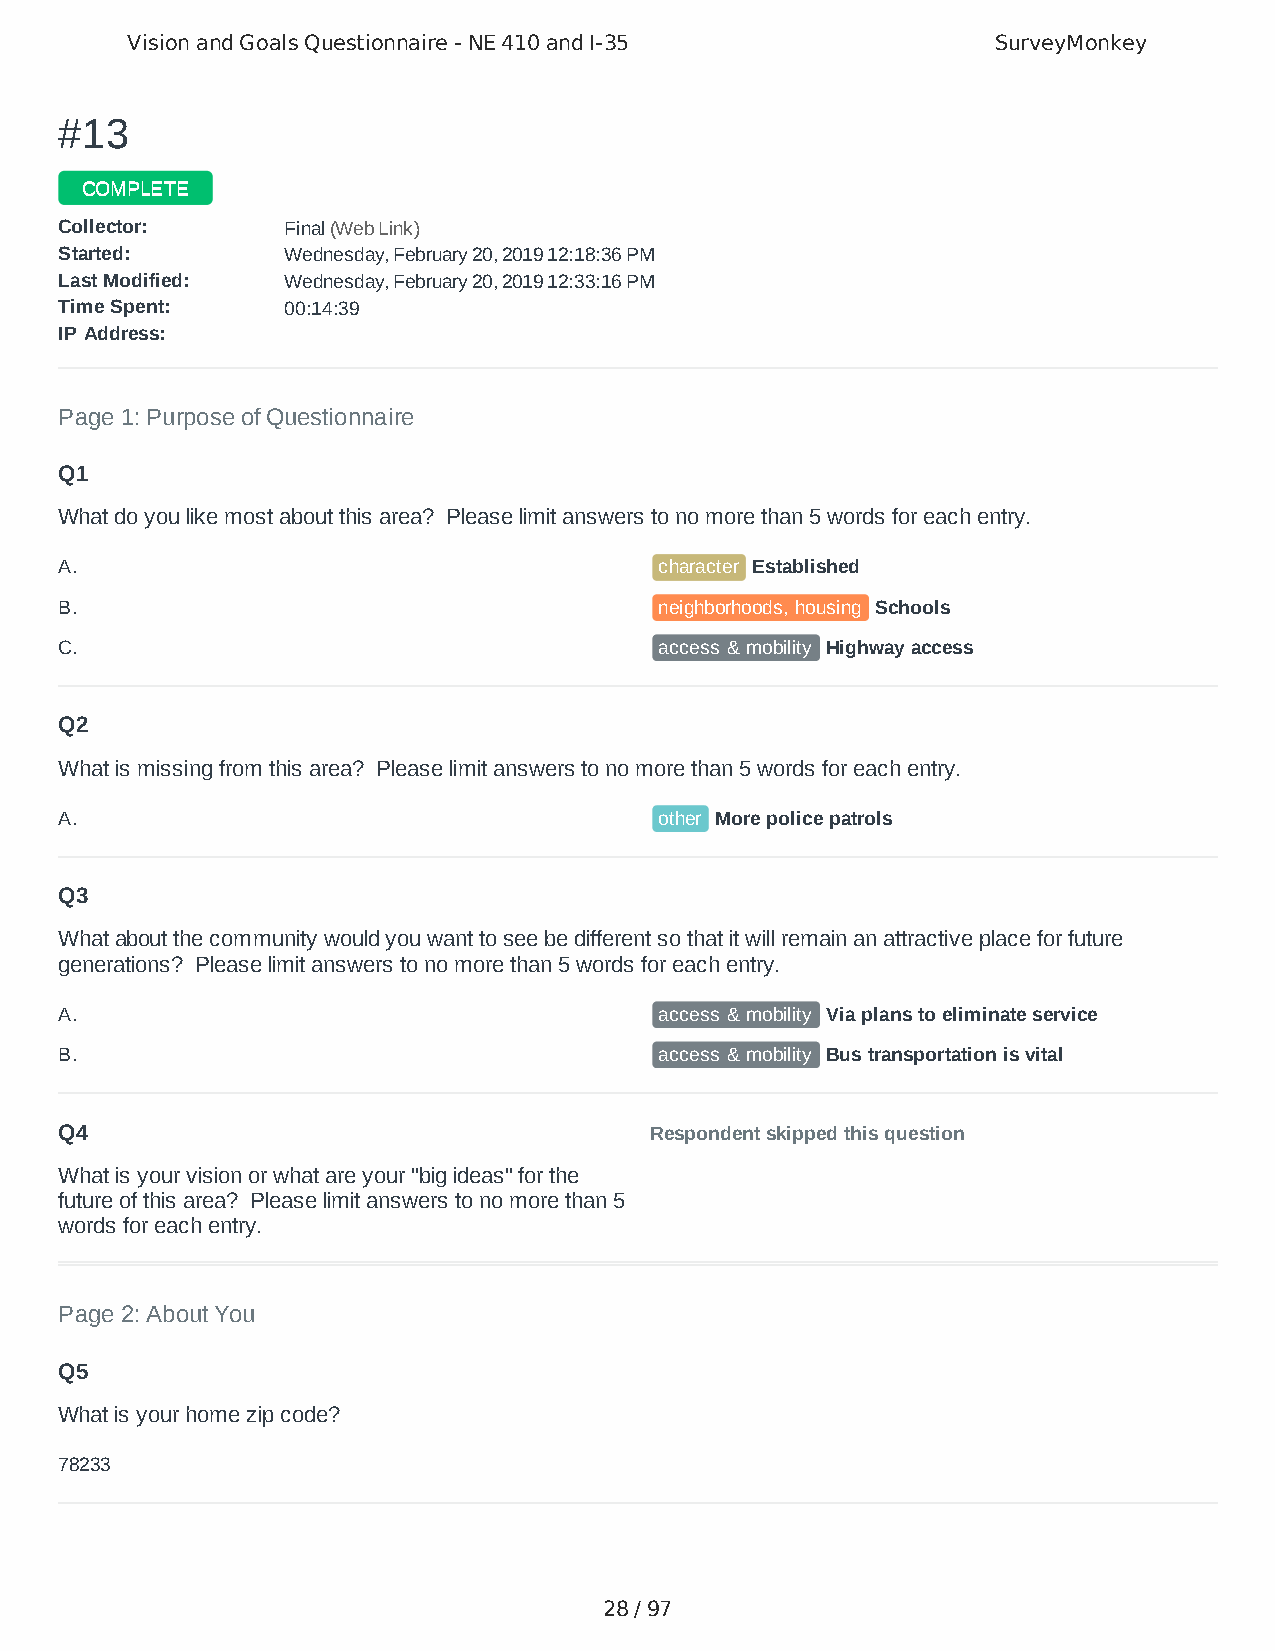
Vision and Goals Questionnaire - NE 410 and I-35          SurveyMonkey
 ##1133
 CCOOMMPPLLEETTEE
 CCoolllleeccttoorr:: FFiinnaall ((WWeebb LLiinnkk))
 SSttaarrtteedd:: WWeeddnneessddaayy,, FFeebbrruuaarryy 2200,, 22001199 1122::1188::3366 PPMM
 LLaasstt MMooddiiffiieedd:: WWeeddnneessddaayy,, FFeebbrruuaarryy 2200,, 22001199 1122::3333::1166 PPMM
 TTiimmee SSppeenntt:: 0000::1144::3399
 IIPP AAddddrreessss::
 Page 1: Purpose of Questionnaire
 Q1
 What do you like most about this area? Please limit answers to no more than 5 words for each entry.
 A.                                      character Established
 B.                                      neighborhoods, housing Schools
 C.                                      access & mobility Highway access
 Q2
 What is missing from this area? Please limit answers to no more than 5 words for each entry.
 A.                                      other More police patrols
 Q3
 What about the community would you want to see be different so that it will remain an attractive place for future
 generations? Please limit answers to no more than 5 words for each entry.
 A.                                      access & mobility Via plans to eliminate service
 B.                                      access & mobility Bus transportation is vital
 Q4                                     Respondent skipped this question
 What is your vision or what are your "big ideas" for the
 future of this area? Please limit answers to no more than 5
 words for each entry.
 Page 2: About You
 Q5
 What is your home zip code?
 78233
 28 / 97